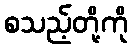
စသည့်တို့ကို